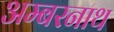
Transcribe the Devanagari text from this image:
अम्‍बरनाथ